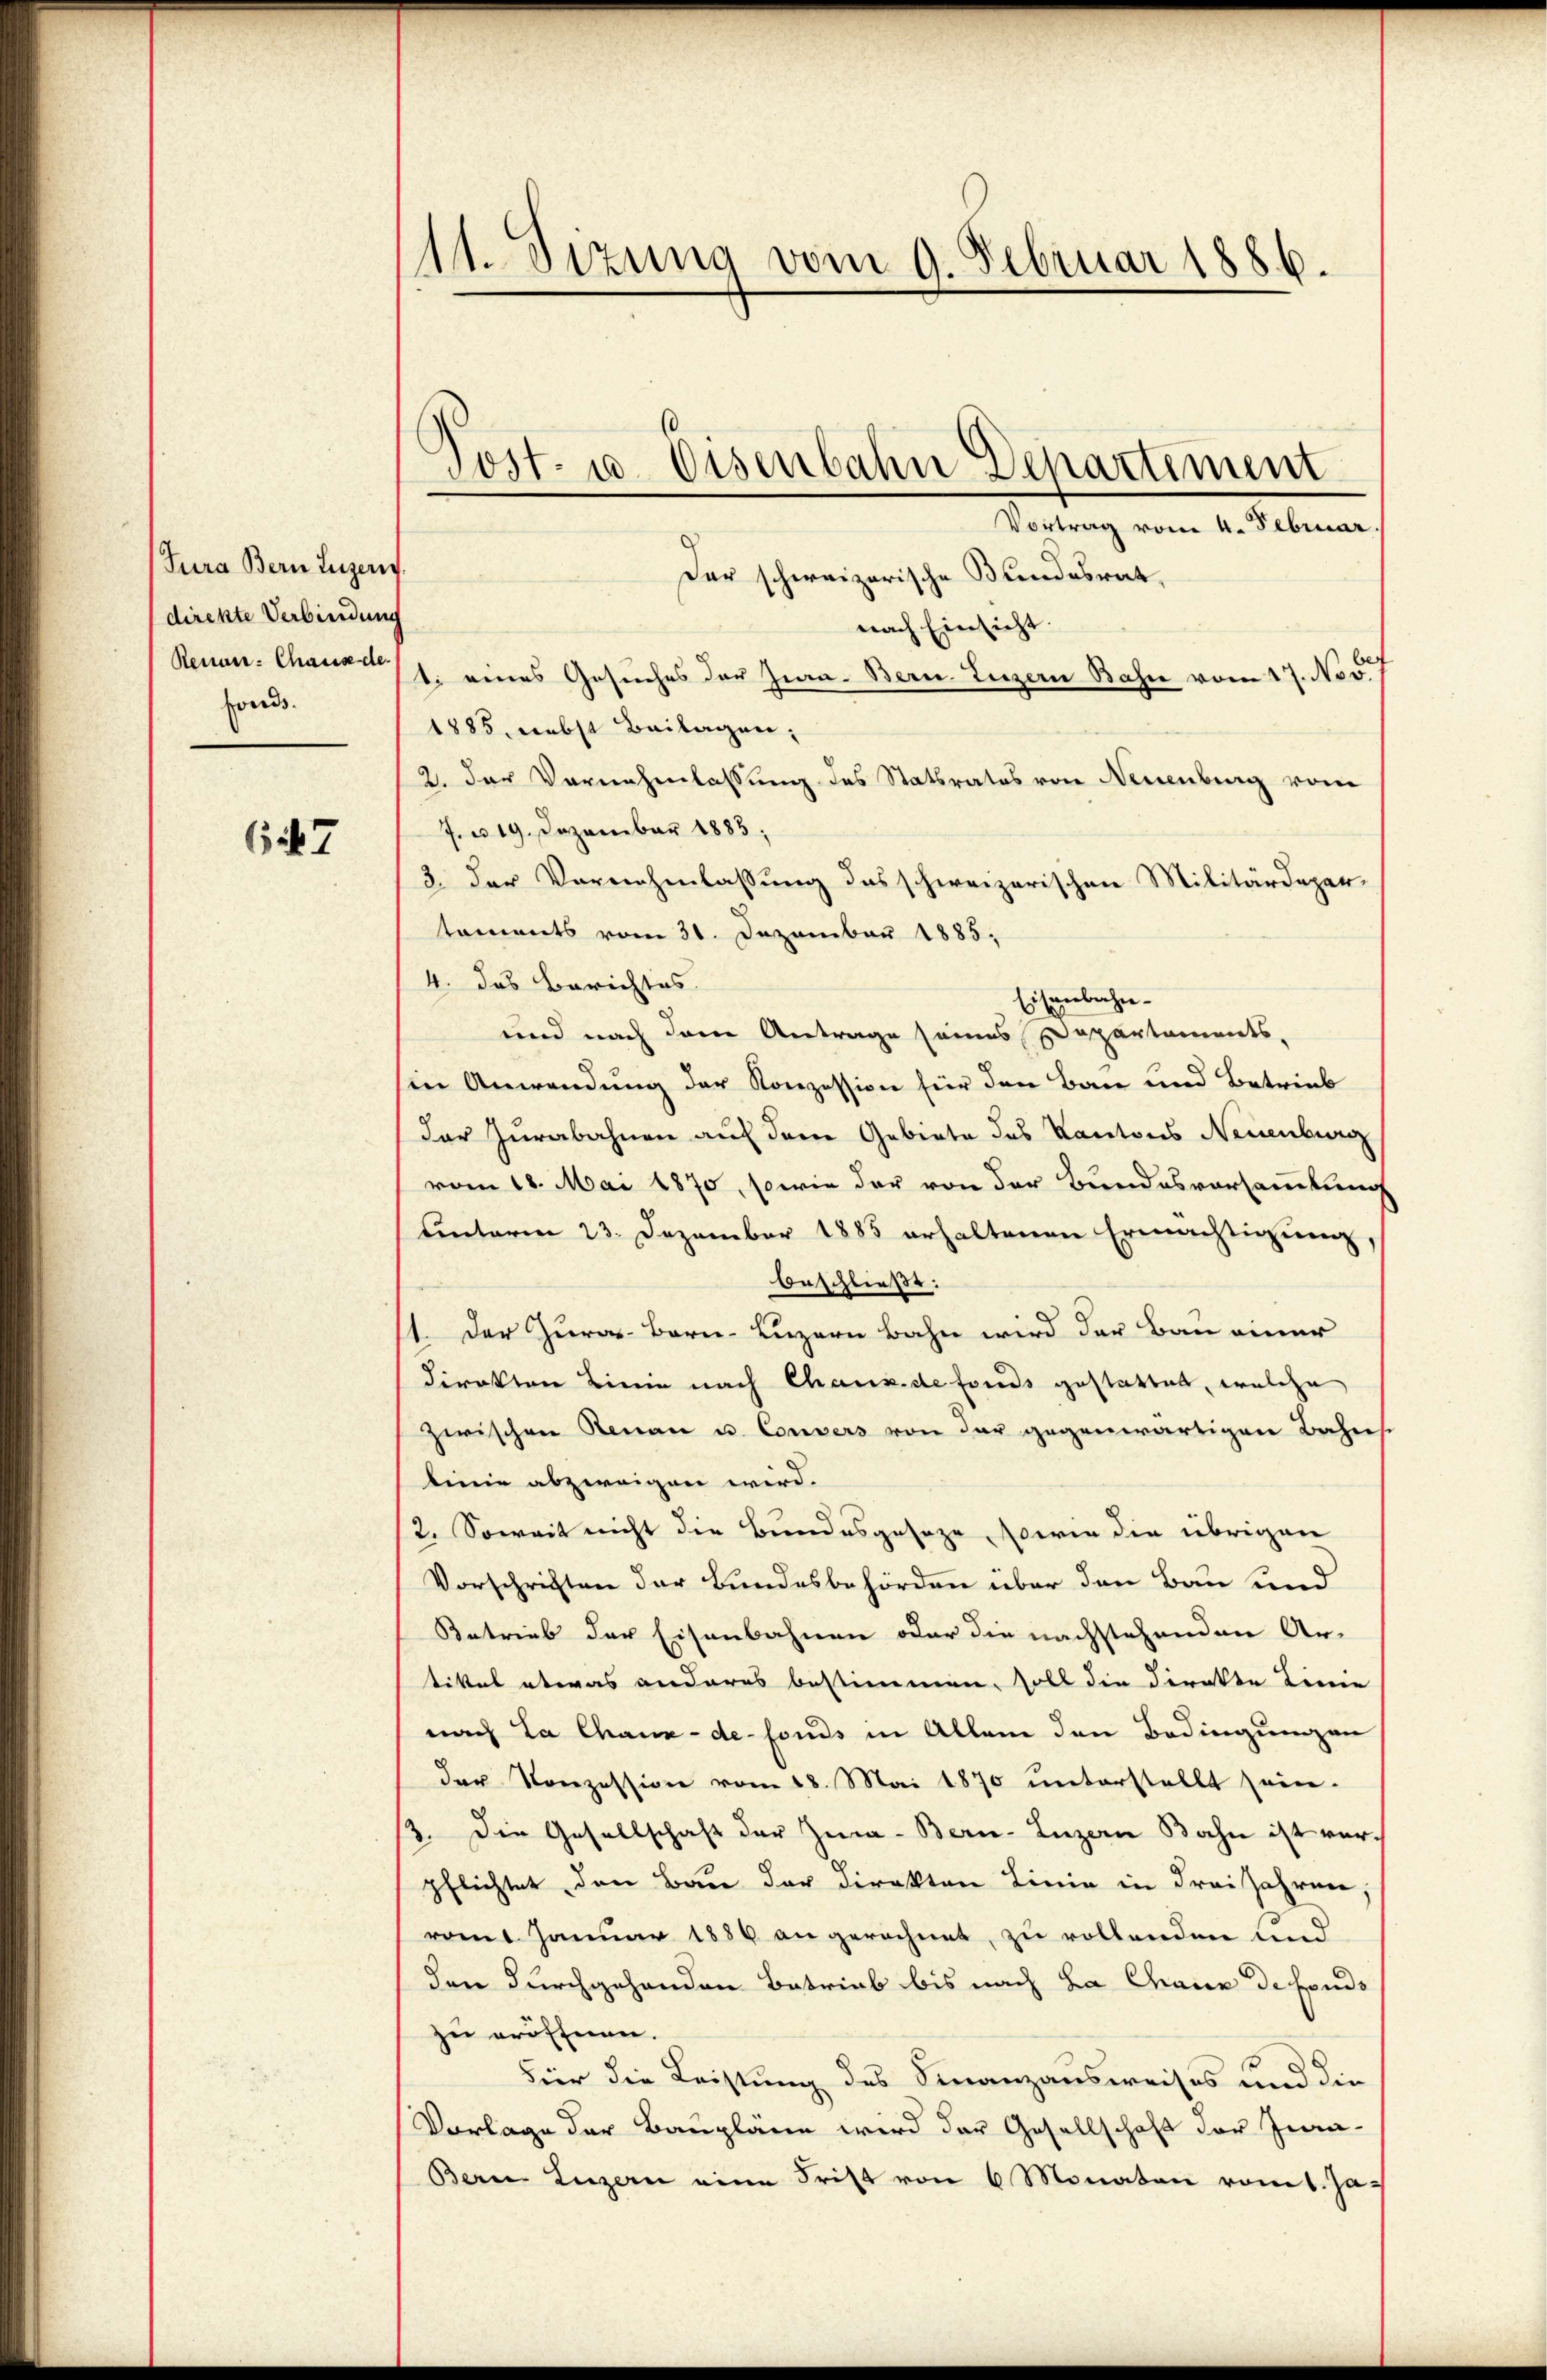
Jura Bern Luzer
direkte Verbindung
Renau-Chaus de
fonds.

667

111. Sizung vom 9. Februar 1886.

Der schweizerische Bundesrat,
nach Einsicht.
t. eines Gesuches der Zin- Bern Luzern Bahn vom 17. Nov.
1885, nebst Beilagen;
2. der Vernehmlassung des Statsrates von Neuenburg vom
7. u 19. Dezember 1883;
3. der Vornehmlassung das schweizerischen Militärdepar-
taments vom 31. Dezember 1885,
4. das Berichtes.
Eisenbahn-
und nach dem Antrage seines Departaments,
in Anwendung der Konzession für den Bau und Betrieb
der Zurabahnen auf dem Gebiete des Kantons Neuenburg
vom 18. Mai 1870, sowie der von der Bundesvorsammlung
Einterm 23. Dezember 1885 erhaltenen Ermächtigung,
beschließt:
1. Der Zur Bern-Luzern Bahn wird der Bau einer
direkten Linie nach Chaus de fonds gestattet, welche
zwischen Renau u. Convers von der gegenwärtigen Bahns
linie abzweigen wird.
2. Soweit nicht die Bundesgeseze, sowie die übrigen
Vorschriften der Bundesbehörden über den Bau und
Betrieb der Eisenbahnen oder die nachstehenden Ar-
tikel etwas anderes bestimmen, soll die Direkte Linie
nach La Chaux-de-Fonds in Allem den Bedingungen
der Konzession vom 18. Mai 1870 unterstellt sein.
/3. Die Gesellschaft der Zia-Bern-Luzern Bahn ist verpflichtet den Bau der Direkten Linie in Frei Jahren,
romt Januar 1886 angerechnet, zu vollenden und
den durchgehenden Betrieb bis nach La Chaux de fondo
zu eröffnen.
Fier die Leistung des Finanzausweises und die
Vorlage der Baupläne wird der Gesellschaft der Jura-
Bern Luzern eine Frist von 6 Monaten vom 1. Ja¬

Post- u. Eisenbahn Departement
Vortrag vom 4. Februar